Treatise on elephants
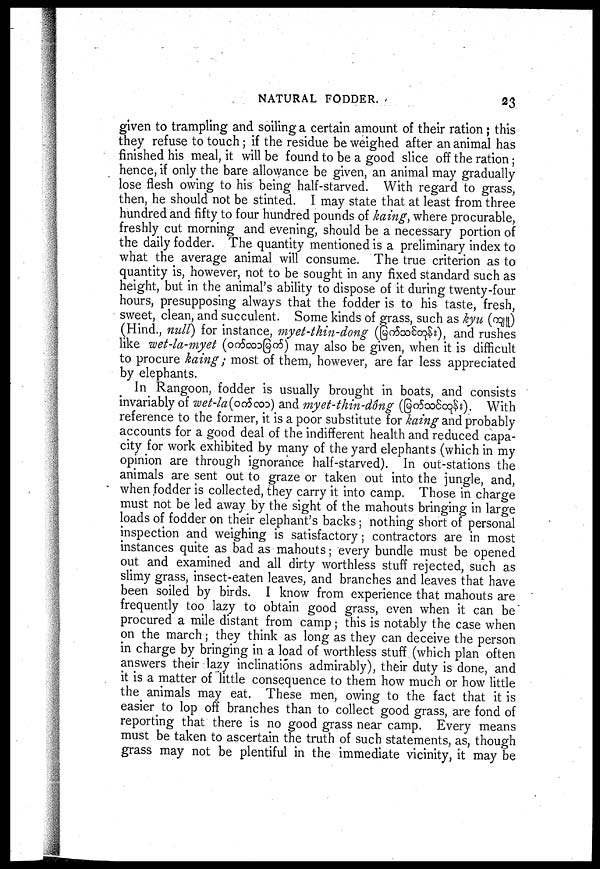
NATURAL FODDER.
23
given to trampling and soiling a certain amount of their ration; this
they refuse to touch; if the residue be weighed after an animal has
finished his meal, it will be found to be a good slice off the ration;
hence, if only the bare allowance be given, an animal may gradually
lose flesh owing to his being half-starved. With regard to grass,
then, he should not be stinted. I may state that at least from three
hundred and fifty to four hundred pounds of kaing, where procurable,
freshly cut morning and evening, should be a necessary portion of
the daily fodder. The quantity mentioned is a preliminary index to
what the average animal will consume. The true criterion as to
quantity is, however, not to be sought in any fixed standard such as
height, but in the animal's ability to dispose of it during twenty-four
hours, presupposing always that the fodder is to his taste, fresh,
sweet, clean, and succulent. Some kinds of grass, such as kyu ( )
(Hind., null) for instance, myet-thin-dong (
), and rushes
like wet-la-myet (
) may also be given, when it is difficult
to procure kaing; most of them, however, are far less appreciated
by elephants.
In Rangoon, fodder is usually brought in boats, and consists
invariably of wet-la (
) and myet-thin-dong (
). With
reference to the former, it is a poor substitute for kaing and probably
accounts for a good deal of the indifferent health and reduced capa-
city for work exhibited by many of the yard elephants (which in my
opinion are through ignorance half-starved). In out-stations the
animals are sent out to graze or taken out into the jungle, and,
when fodder is collected, they carry it into camp. Those in charge
must not be led away by the sight of the mahouts bringing in large
loads of fodder on their elephant's backs ; nothing short of personal
inspection and weighing is satisfactory; contractors are in most
instances quite as bad as mahouts; every bundle must be opened
out and examined and all dirty worthless stuff rejected, such as
slimy grass, insect-eaten leaves, and branches and leaves that have
been soiled by birds. I know from experience that mahouts are
frequently too lazy to obtain good grass, even when it can be
procured a mile distant from camp; this is notably the case when
on the march; they think as long as they can deceive the person
in charge by bringing in a load of worthless stuff (which plan often
answers their lazy inclinations admirably), their duty is done, and
it is a matter of little consequence to them how much or how little
the animals may eat. These men , owing to the fact that it is
easier to lop off branches than to collect good grass, are fond of
reporting that there is no good grass near camp. Every means
must be taken to ascertain the truth of such statements, as, though
grass may not be plentiful in the immediate vicinity, it may be